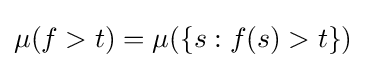
\mu (f>t)=\mu (\{s:f(s)>t\})